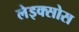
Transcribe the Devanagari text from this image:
लेइक्सोस